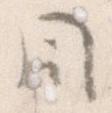
同